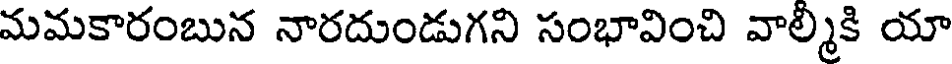
మమకారంబున నారదుండుగని సంభావించి వాల్మీకి యా